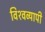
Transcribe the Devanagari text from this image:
विश्‍वव्‍यापी